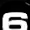
Digit: 6